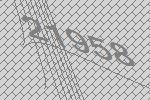
21958